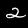
Digit: 2